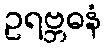
ဥရဗ္ဘဓနံ